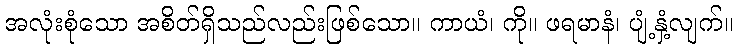
အလုံးစုံသော အစိတ်ရှိသည်လည်းဖြစ်သော။ ကာယံ၊ ကို။ ဖရမာနံ၊ ပျံ့နှံ့လျက်။